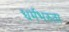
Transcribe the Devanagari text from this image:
धर्मभरुता